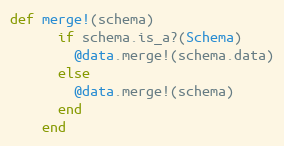
Language: Ruby
def merge!(schema)
      if schema.is_a?(Schema)
        @data.merge!(schema.data)
      else
        @data.merge!(schema)
      end
    end